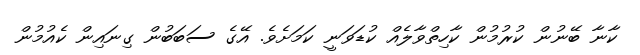
ކާނާ ބޭނުން ކުރުމުން ކާހިތްވާލެއް ކުޑަވަނީ ކަމަށެވެ. އޭގެ ސަބަބުން ގިނައިން ކެއުމުން